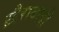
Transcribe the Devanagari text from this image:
ख़ैराबादी